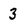
Character: 3